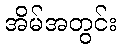
အိမ်အတွင်း